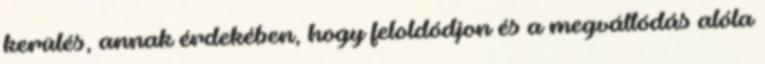
kerülés, annak érdekében, hogy feloldódjon és a megváltódás alóla